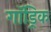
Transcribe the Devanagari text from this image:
गॉड्रिक